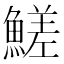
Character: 䱹